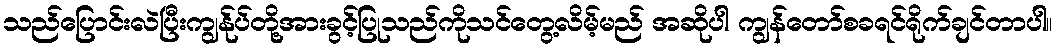
သည်ပြောင်းလဲပြီးကျွန်ုပ်တို့အားခွင့်ပြုသည်ကိုသင်တွေ့လိမ့်မည် အဆိုပါ ကျွန်တော်စခရင်ရိုက်ချင်တာပါ။